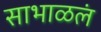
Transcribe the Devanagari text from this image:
साभाळलं